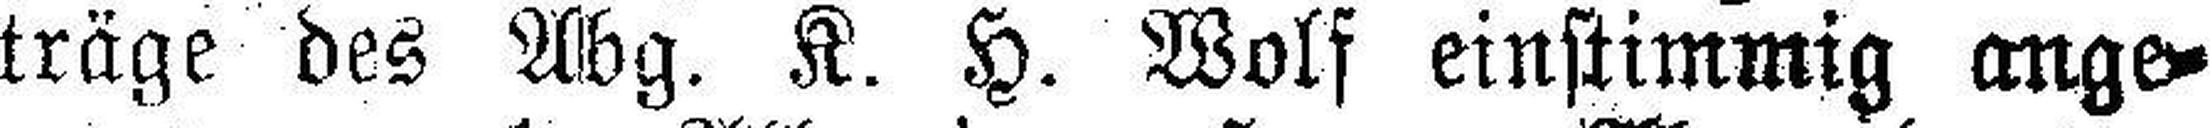
träge des Abg. K. H. Wolf einstimmig ange¬